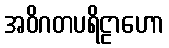
အဝိဂတပရိဠာဟော